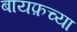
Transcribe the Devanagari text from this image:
बायफ़च्या